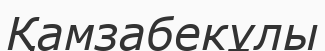
Қамзабекұлы